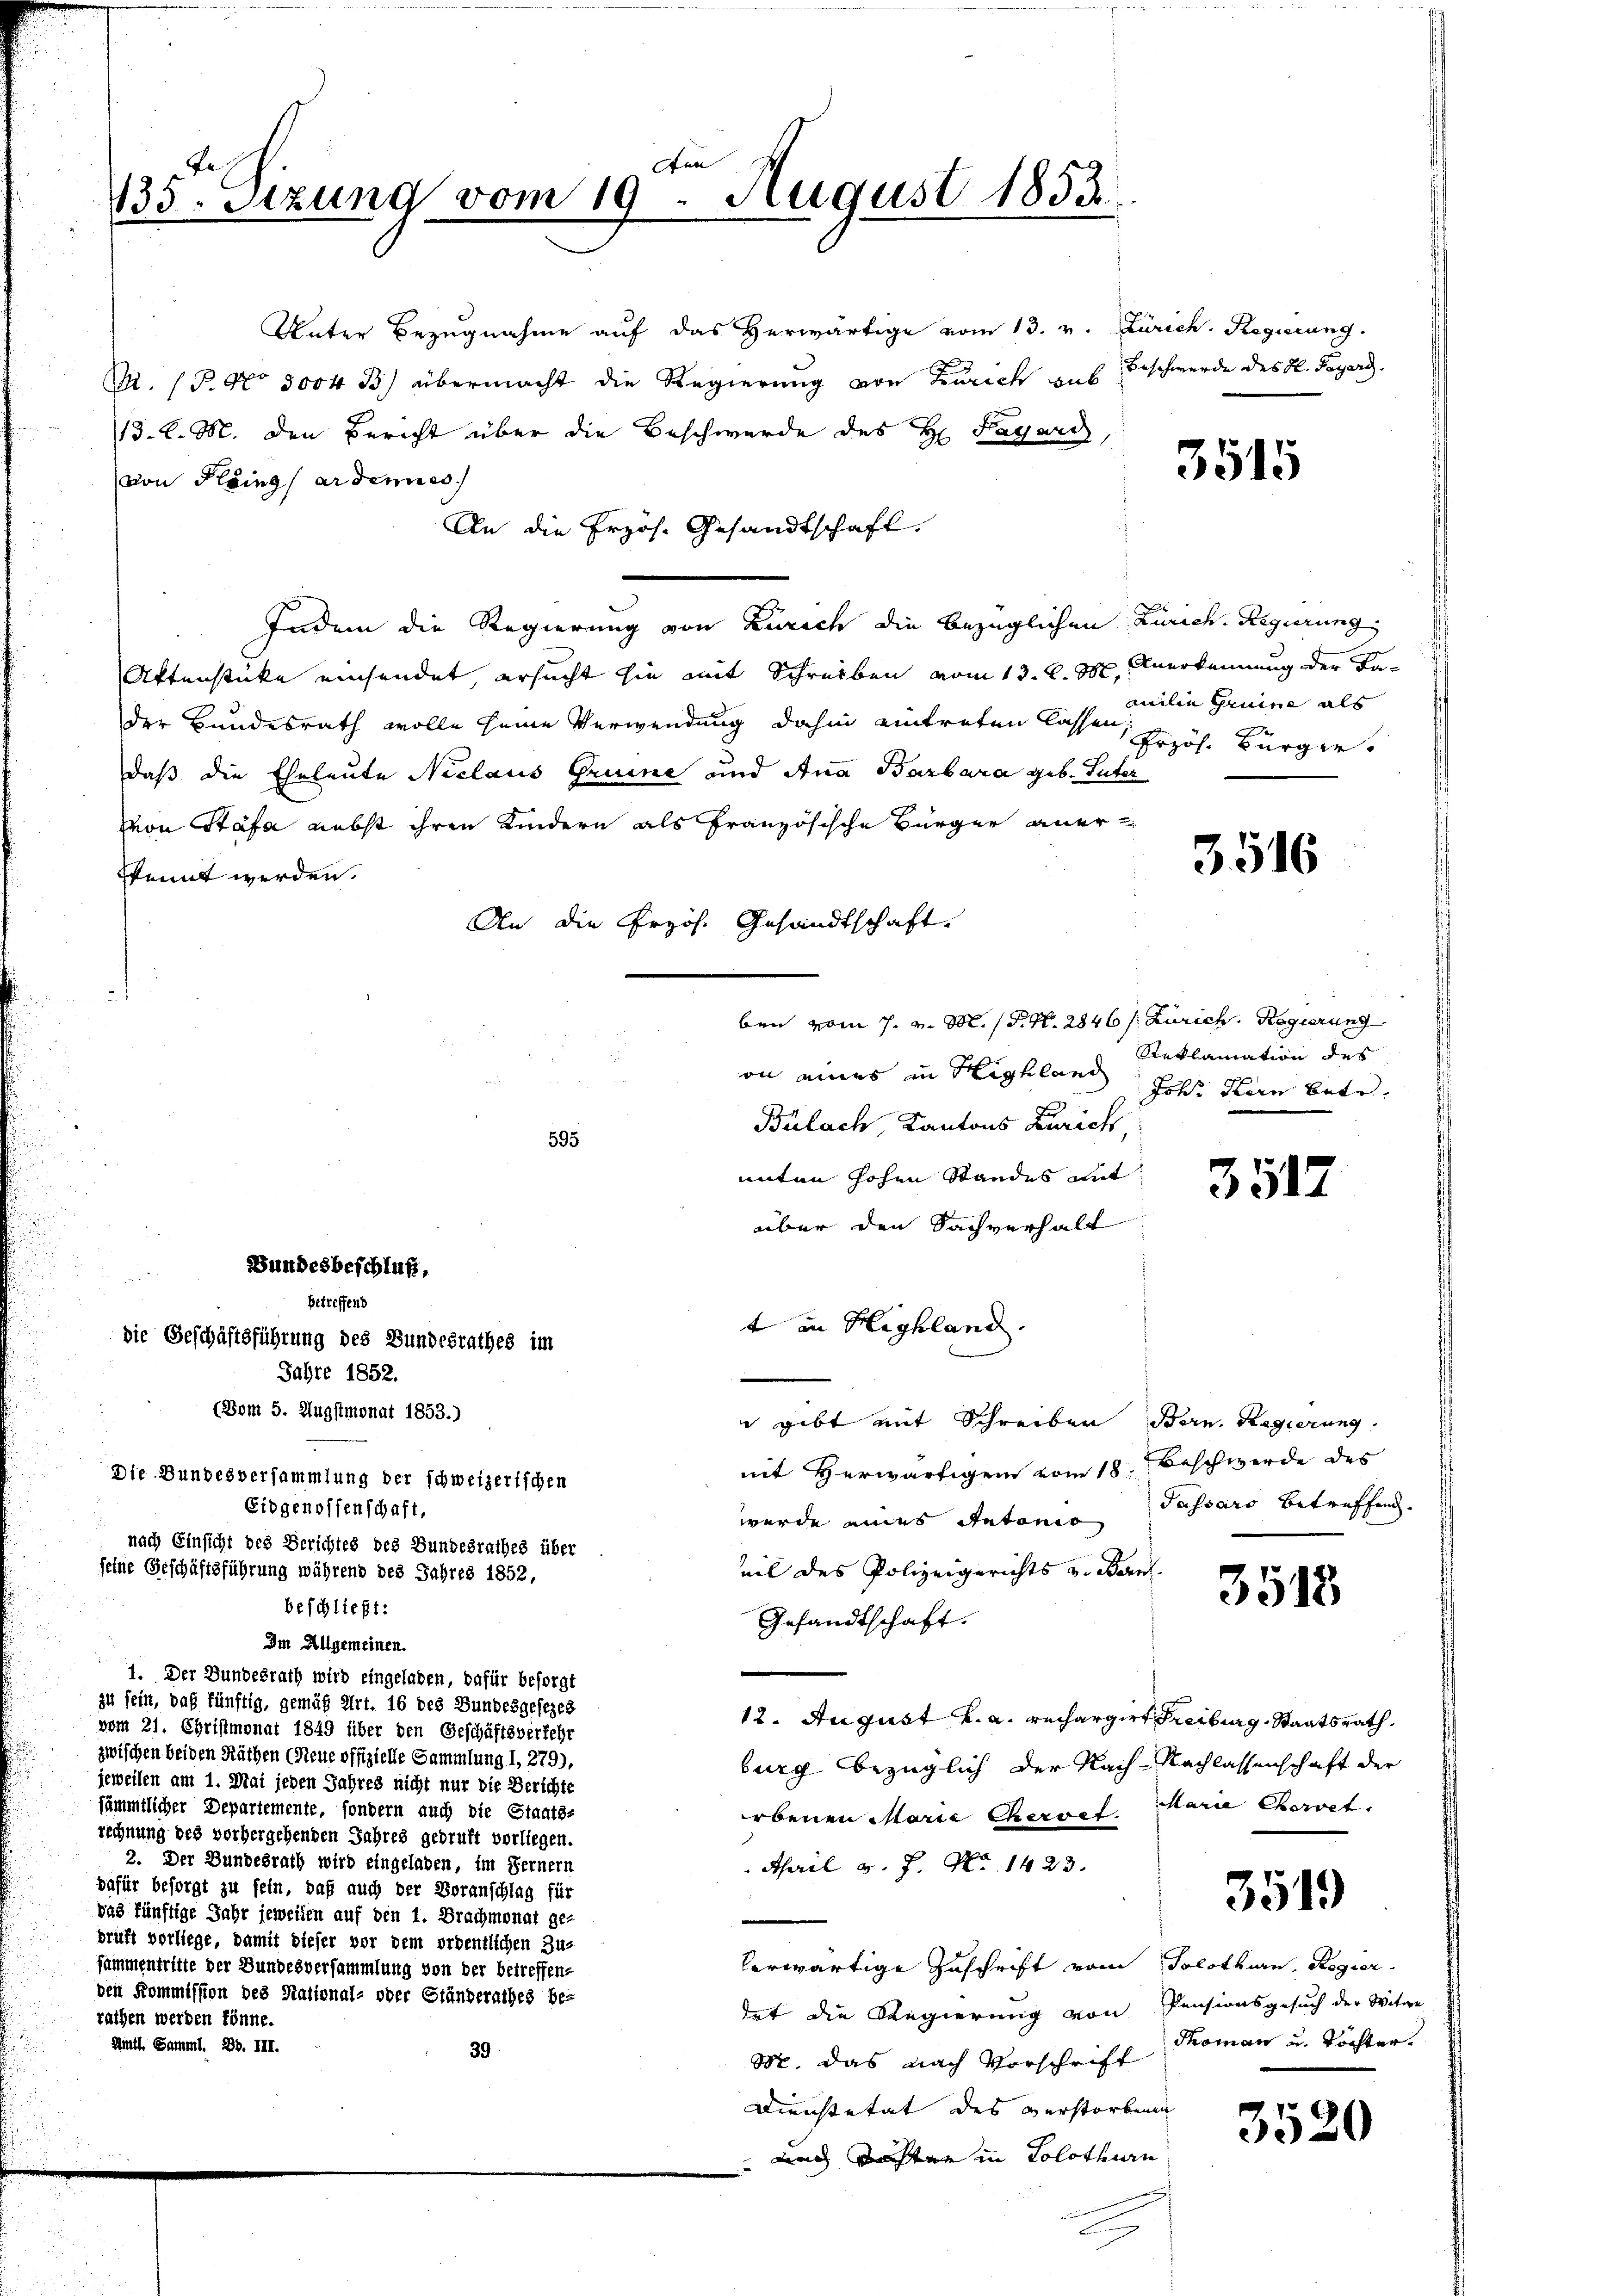
.

ten
135. Sizung vom 19. August 1853.

Unter Bezugnahme auf das herwärtige vom 13. v. Zürich. Regierung
. P. No. 5004 B) übermacht die Regierung von Zürich aus Beschwerde des H. Payers.
13. d. M. den Bericht über die Beschwerde des H: Fragers,
von Plains ordene
An die Erzös. Gesandtschaft.
Indem die Regierung von Zürich die bezüglichen Zürich. Regierung
Aktenstücke einsendet, ersucht sie mit Schreiben vom 13. d. M. Anerkennung der Fa-
der Bundesrath wolle seine Verwendung dahin eintreten lassen, Erhöh. Bürger
daß die Eheleute Niclaus Gruine und Ana Barbara geb. Suter
von Stäfa nebst ihren Kindern als französische Bürger aner
skennt werden.
ben vom 7. v. M. (S. Nr. 2846 s. Zürich. Regierung
on eines in Highland, Joh. Hern betr.
Bülach, Kantons Zürich,
595
unten hohen Standes mit
über den Sachverhalt
Bundesbeschluß,
betreffend
t in Highland.
Die Geschäftsführung des Bundesrathes im
Jahre 1852.
(Dom 5. Augstmonat 1853.)
 gibt mit Schreiben Bern. Regierung
mit Herwärtigen vom 18. Beschwerde des
Die Bundesversammlung der schweizerischen
Passars betreffend.
Eidgenossenschaft,
wurde eines Antonio
nach Einsicht des Berichtes des Bundesrathes über
eil des Polizeigerichts v. Bern
seine Geschäftsführung während des Jahres 1852,
3518
beschließt:
Gesandtschaft.
Im Allgemeinen.
1. Der Bundesrath wird eingeladen, dafür besorgt
zu sein, daß fünftig, gemäß Art. 16 des Bundesgesezes
12. August v. a. rechargirt Freiburg, Staatsrath,
vom 21. Christmonat 1849 über den Geschäftsverfehr
zwischen beiden Räthen (Neue offizielle Sammlung I, 279),
burg bezüglich der Nach- Nachlassenschaft der
jeweilen am 1. Mai jeden Jahres nicht nur die Berichte
sämmtlicher Departemente, sondern auch die Staats-
rbenen Marie Cheroef Marie Cheret,
rechnung des vorhergehenden Jahres gedruft vorliegen.
2. Der Bundesrath wird eingeladen, im Fernern
April d. J. No 1423.
dafür besorgt zu sein, daß auch der Voranschlag für
3519
das künftige Jahr jeweilen auf den 1. Brachmonat ge-
prüft vorliege, damit dieser vor dem ordentlichen Zuz
herwärtige Zuschrift vom Solothurn, Regier
sammentritte der Bundesversammlung von der betreffen-
den Kommission des National- oder Ständerathes be-
det die Regierung von Pensionsgesuch der Witwe
rachen werden könne.
Amtl. Samml. Bd. III.
39
M. das nach Vorschrift Roman u. Töchter.
Dienstetat des verstorbenen
3520
uach Töchten in Solothurn

An die Przös. Gesandtschaft

3515

milie Gruine als

3516

Reklamation des

3517